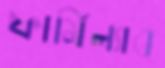
ফার্মিল্যাব